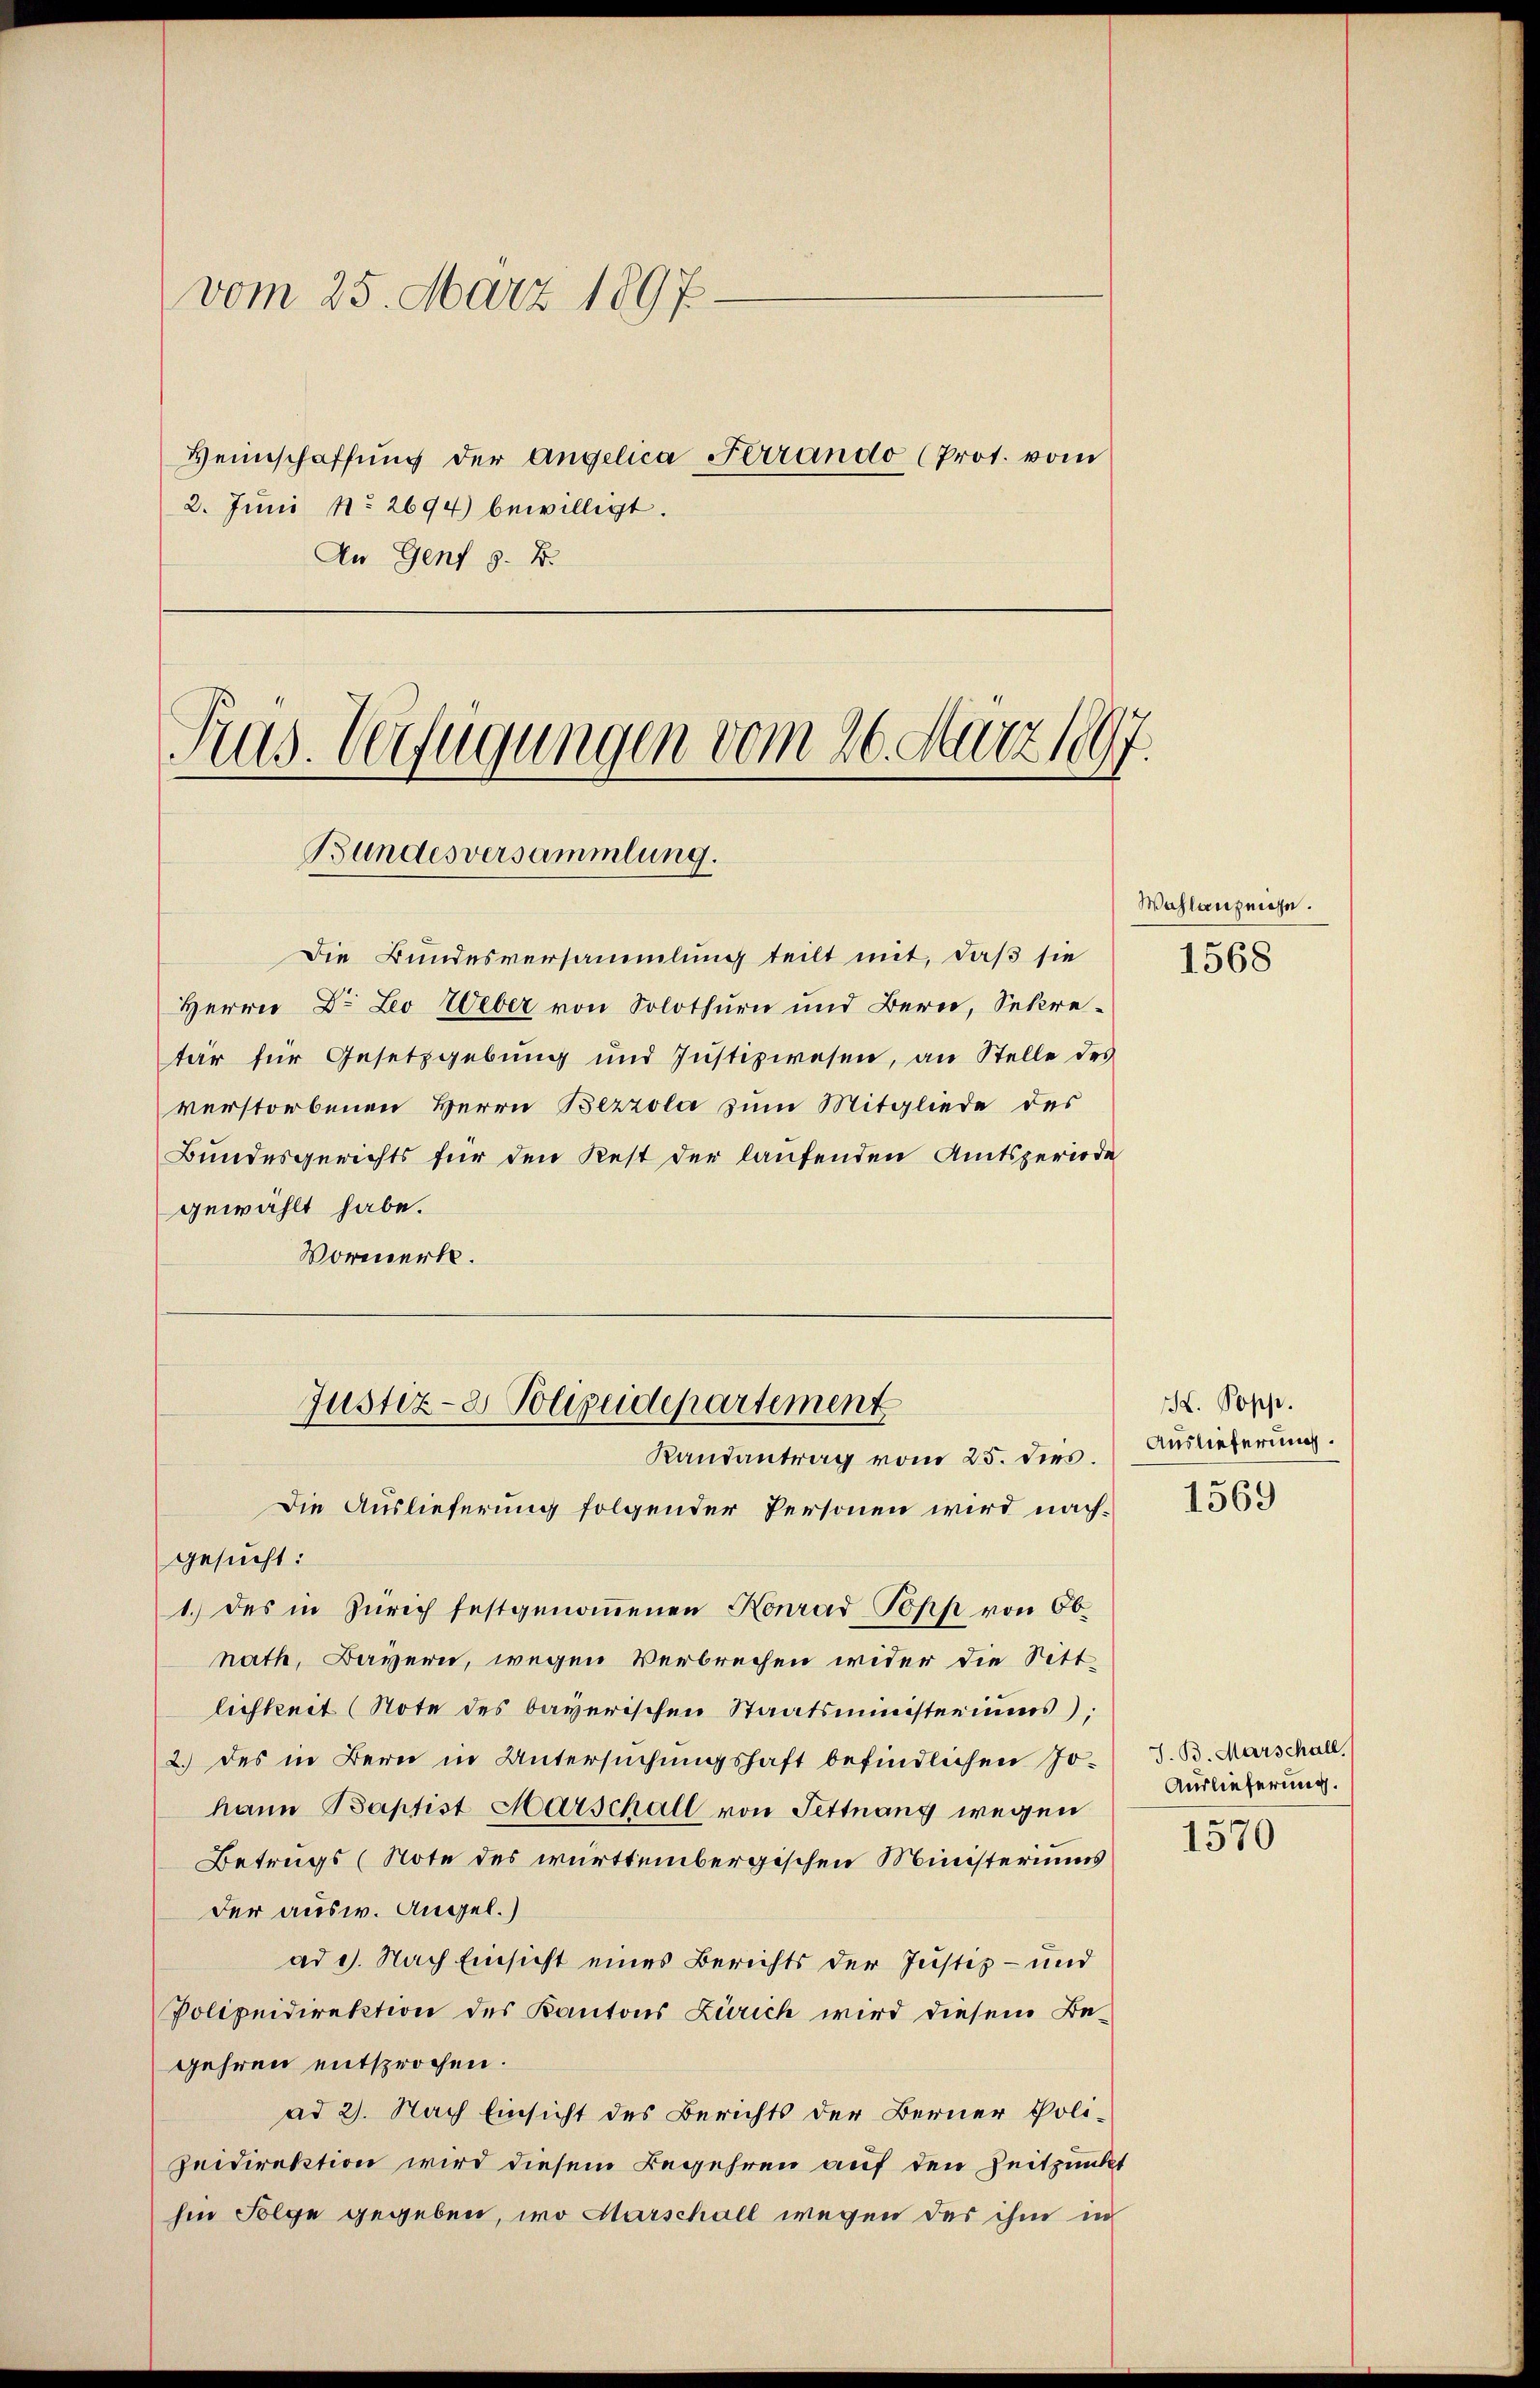
vom 25. März 1897.
Heimschaffŭng der Angelica Ferrando (Prot. vom
2. Juni No 2694) bewilligt.
An Genf §. 2.

Rus. Verfügungen vom 26. März 1897.
Bundesversammlung.

Justiz- & Polizeidepartement
Randantrag vom 25. dies.

Die Bundesversammlung teilt mit, daß sie
Herrn Dr. Leo Weber von Solothurn und Bern, Sekretär für Gesetzgebung und Justizwesen, an Stelle des
verstorbenen Herrn Bezzola zum Mitgliede des
Bundesgerichts für den Rest der laufenden Amtsperiode
gewählt habe.
Vormerke.

Die Auslieferung folgender Personen wird nach-
gesucht:
1.) des in Zürich festgenoṁenen Konrad Popp von Ob-
nath, Bayern, wegen Verbrechen wider die Sitt-
lichkeit (Note des bayerischen Staatsministeriums);
2.) des in Bern in Untersuchungshaft befindlichen Johann Baptist Marschall von Fettnang wegen
Betrugs (Note des württembergischen Münsteriums
der ausw. Angel.
ad 9. Nach Einsicht eines Berichts der Justiz- und
Polizeidirektion des Kantons Zürich wird diesem Begehren entsprochen.
ad 2. Nach Einsicht des Berichts der Berner Polizeidirektion wird diesem Begehren auf den Zeitpunkt
hin Folge gegeben, wo Marschall wegen des ihm in

Wahlanzeige.

1568

H. Popp.
Auslieferung.
1569

J. B. Marschall
Auslieferung.

1570